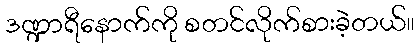
ဒဏ္ဍာရီနောက်ကို စတင်လိုက်စားခဲ့တယ်။